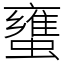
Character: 䗸